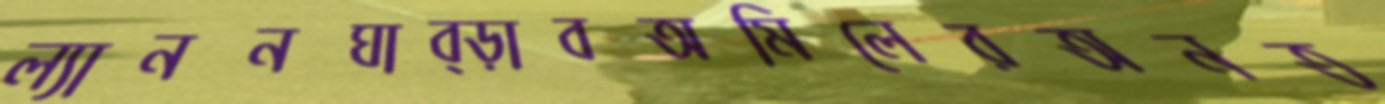
ল্যাননঘাব্‌ড়াবঅমিলেরঅনত